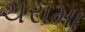
ચરામા